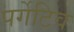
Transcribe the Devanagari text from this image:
पर्गेटिव